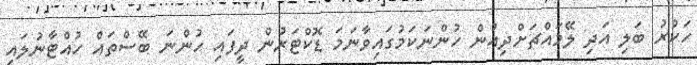
ހަކުރު ބަލި އަދި ލޭމައްޗަށްދިއުން ހުންނަކަމުގައިވާނަމަ ޑޮކްޓަރުން ދީފައި ހުންނަ ބޭސްތައް ހުއްޓާނުލައި